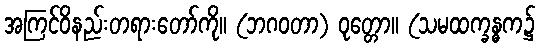
အကြင်ဝိနည်းတရားတော်ကို။ (ဘဂဝတာ) ဝုတ္တော။ (သမထက္ခန္ဓက၌